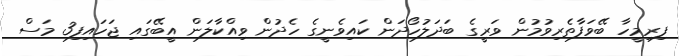
ފިރިމީހާ ބޭވަފާތެރިވުމުން ވަރީގެ ބަދަލުހޯދަން ކައިވެނީގެ ހެދުން ވިއްކާލަން އީބޭގައި ޖަހައިފި3 މަސް